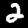
Digit: 2